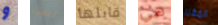
و لست قابلها هي المقرر